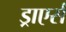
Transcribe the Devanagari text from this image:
ड्राएर्स